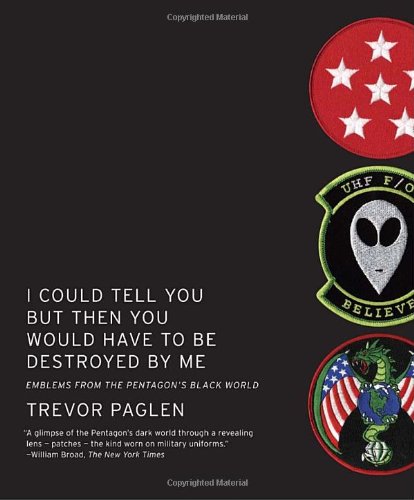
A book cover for I Could Tell You But Then You Would Have to Be Destroyed By Me: Emblems from the Pentagon's Black World; Trevor Paglen; History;